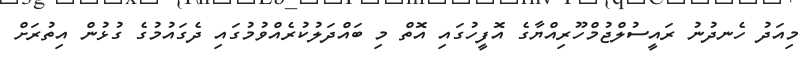
މިއަދު ހެނދުނު ރައީސުލްޖުމްހޫރިއްޔާގެ އޮފީހުގައި އޮތް މި ބައްދަލުކުރެއްވުމުގައި ދެގައުމުގެ ގުޅުން އިތުރަށް